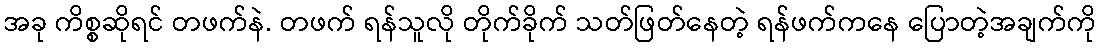
အခု ကိစ္စဆိုရင် တဖက်နဲ. တဖက် ရန်သူလို တိုက်ခိုက် သတ်ဖြတ်နေတဲ့ ရန်ဖက်ကနေ ပြောတဲ့အချက်ကို